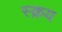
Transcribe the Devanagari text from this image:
स्क्रय